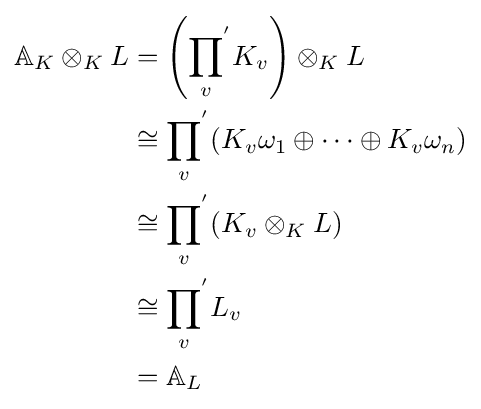
{\begin{aligned}\mathbb {A} _{K}\otimes _{K}L&=\left({\prod _{v}}^{'}K_{v}\right)\otimes _{K}L\\&\cong {\prod _{v}}^{'}(K_{v}\omega _{1}\oplus \cdots \oplus K_{v}\omega _{n})\\&\cong {\prod _{v}}^{'}(K_{v}\otimes _{K}L)\\&\cong {\prod _{v}}^{'}L_{v}\\&=\mathbb {A} _{L}\end{aligned}}